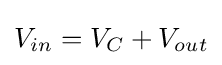
V_{in}=V_{C}+V_{out}